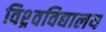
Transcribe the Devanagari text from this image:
विश्र्वविद्यालय